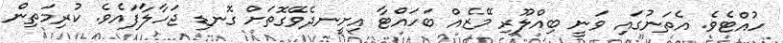
ހުއްޓެވެ. އެތަނުގައި ވަނީ ބިއްލޫރި މޭޒެއް ބަހައްޓާ އިށީނދެވޭގޮތަށް ގޮނޑި ޖަހާލާފައެވެ. ކުރިމަތިން